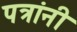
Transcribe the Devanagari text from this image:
पत्रांनी